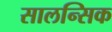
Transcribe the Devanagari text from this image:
सालन्सिक